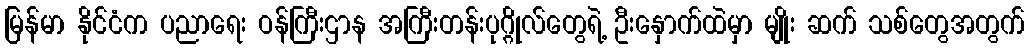
မြန်မာ နိုင်ငံက ပညာရေး ဝန်ကြီးဌာန အကြီးတန်းပုဂ္ဂိုလ်တွေရဲ့ ဦးနှောက်ထဲမှာ မျိုး ဆက် သစ်တွေအတွက်